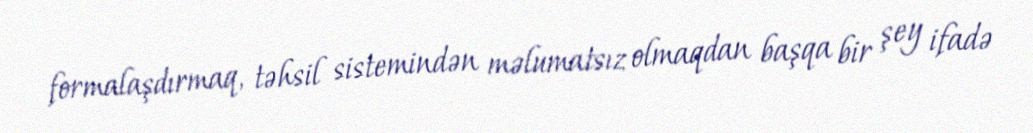
formalaşdırmaq, təhsil sistemindən məlumatsız olmaqdan başqa bir şey ifadə